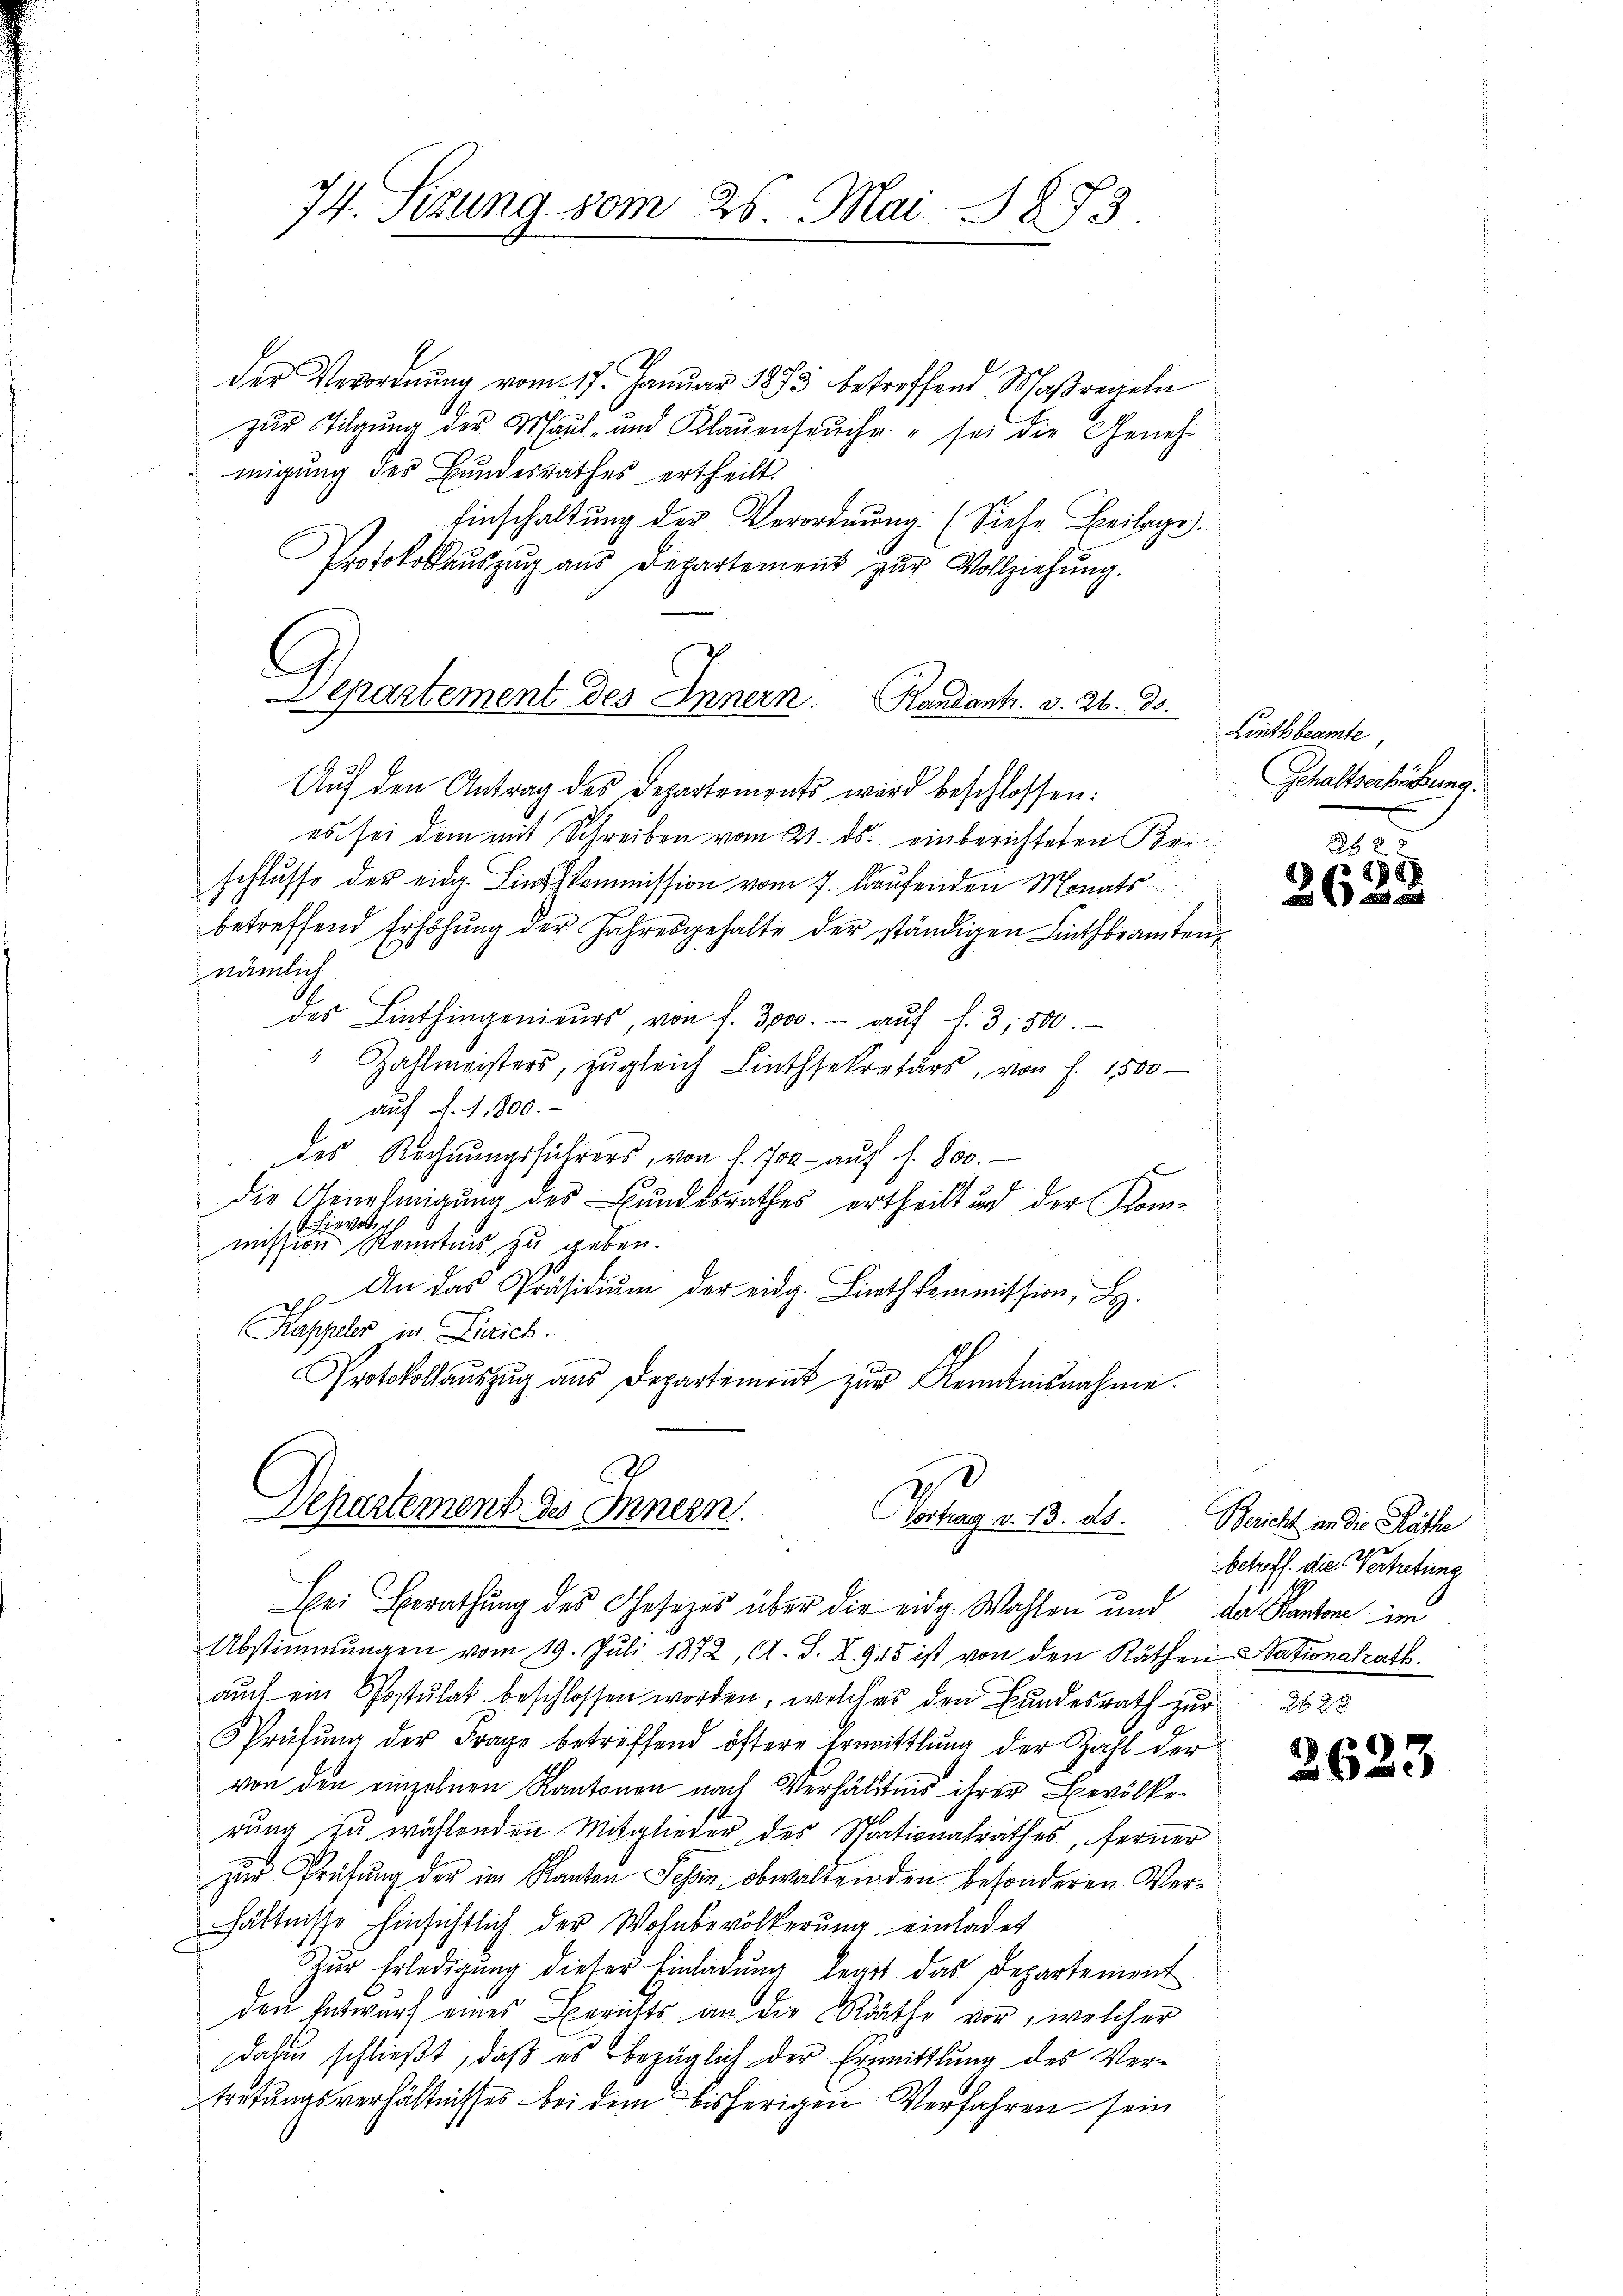
74. Sizung vom 25. Mai 1873.

der Verordnung vom 17. Januar 1883 betreffend Maßregeln
zur Tilgung der Maul- und Klaŭensŭche - sei die Genehmigung des Bundesrathes ertheilt
Einschaltung der Verordnung. (Siehe Beilage.
Protokollaŭszŭg ans Departement zŭr Vollziehung.
Auf den Antrag des Departements wird beschlossen:
es sei dem mit Schreiben vom 21. ds. einberichteten Urischlusse der eidg. Linthkommission vom 7. laufenden Monats
betreffend Erhöhŭng der Jahresgehalte der ständigen Linthbramten,
nämlich
6
des Linthingenieŭrs, von f. 3,000.- aŭf f. 3,500.
" Zahlmeisters, zŭgleich Linthsekretärs, von f. 1500
auf d. 1,800.
des Rechnŭngsführers, von f. 700.- aŭf s. 800.
die Genehmigung des Bundesrathes ertheilt und der Komhievorig
mission Kenntnis zu geben.
 An das Präsidiŭm der eidg. Linthkommission, L.
Kappeler in Dirich.
Protokollaŭszŭg ans Departement zŭr Kenntnisnahme.
Departement des Innern
Trauung a. 13. ds.
Bei Berathung des Gesetzes über die eidg. Wahlen und
Abstimmungen vom 19. Jŭli 1872, A. S. X. 945 ist von den Räthen Nationalrath.
auch ein Postulat beschlossen worden, welches den Bundesrath zur 362
Sprüfung der Frage betreffend öftere Ermittlung der Zahl der
von den einzelnen Kantonen nach Verhältnis ihrer Bevölke
rung zu wählenden Mitglieder des Sprationalrathes, ferner
zŭr Prüfŭng der im Kanton Schen, obwalten den besonderen Verhältnisse hinsichtlich der Wohnbevölkerung einladet
Zŭr Erledigŭng dieser Einladŭng legt das Departement
den Entwurf eines Berichts an die Räthe vor, welcher
dahin schließt, daß es bezüglich der Ermittlung des Vertretungsverhältnisses bei dem bisherigen Verfahren sein

Departement des Innern. Randant. v. 26. 30.

Linthbeamte
Gchaltserhöhung.

2
28)
 f 0 x

Bericht an die Räthe
betreff. die Vertretung
der Kantone im

2623